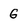
Character: G